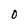
Character: 0